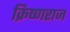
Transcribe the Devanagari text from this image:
क्रिष्णराज